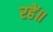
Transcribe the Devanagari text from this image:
रहें॥